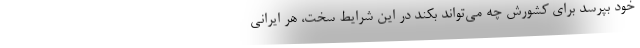
خود بپرسد برای کشورش چه می‌تواند بکند در این شرایط سخت، هر ایرانی